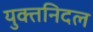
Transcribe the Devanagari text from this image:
युक्तनिदल